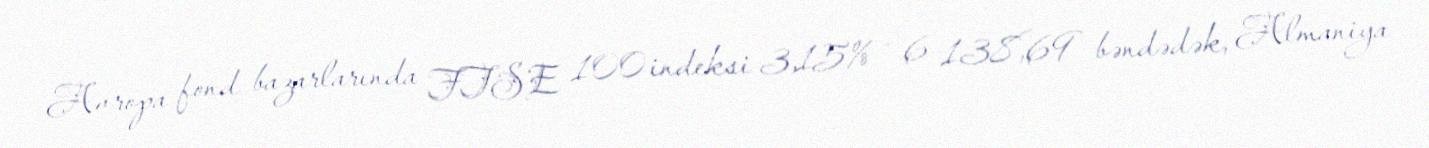
Avropa fond bazarlarında FTSE 100 indeksi 3,15% - 6 138,69 bəndədək, Almaniya